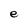
Character: e